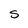
Character: s